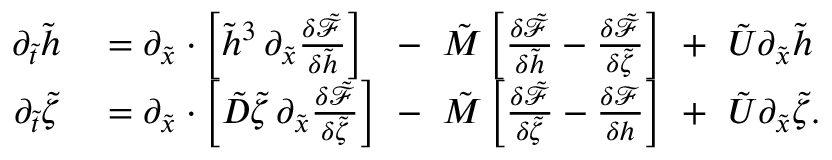
\begin{array} { r l } { \partial _ { \tilde { t } } \tilde { h } } & { { } = \partial _ { \tilde { x } } \cdot \left[ \tilde { h } ^ { 3 } \, \partial _ { \tilde { x } } \frac { \delta \tilde { \mathcal { F } } } { \delta \tilde { h } } \right] \ \ - \ \tilde { M } \left[ \frac { \delta \tilde { \mathcal { F } } } { \delta \tilde { h } } - \frac { \delta \tilde { \mathcal { F } } } { \delta \tilde { \zeta } } \right] \ + \ \tilde { U } \partial _ { \tilde { x } } \tilde { h } } \\ { \partial _ { \tilde { t } } \tilde { \zeta } } & { { } = \partial _ { \tilde { x } } \cdot \left[ \tilde { D } \tilde { \zeta } \, \partial _ { \tilde { x } } \frac { \delta \tilde { \mathcal { F } } } { \delta \tilde { \zeta } } \right] \ - \ \tilde { M } \left[ \frac { \delta \tilde { \mathcal { F } } } { \delta \tilde { \zeta } } - \frac { \delta \mathcal { F } } { \delta h } \right] \ + \ \tilde { U } \partial _ { \tilde { x } } \tilde { \zeta } . } \end{array}